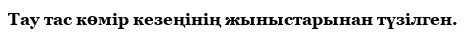
Тау тас көмір кезеңінің жыныстарынан түзілген.